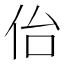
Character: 佁